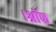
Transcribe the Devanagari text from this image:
।श्रॉफ